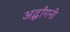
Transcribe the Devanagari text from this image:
अर्द्धांगनी